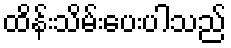
ထိန်းသိမ်းပေးပါသည်